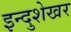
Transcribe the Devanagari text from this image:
इन्दुशेखर